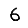
Digit: 6